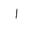
Letter: _alif